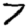
Digit: 7